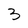
Character: 3